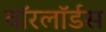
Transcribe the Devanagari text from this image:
वाॅरलाॅर्डस